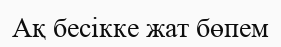
Ақ бесікке жат бөпем